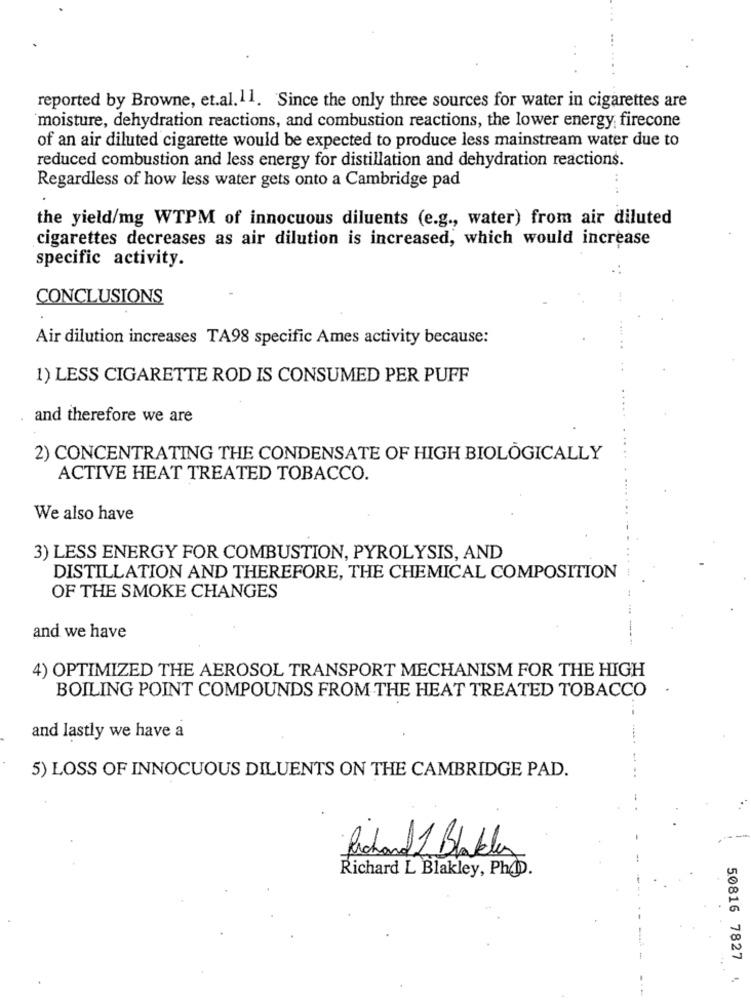
reported by Browne, et.al. 11. Since the only three sources for water in cigarettes are
moisture, dehydration reactions, and combustion reactions, the lower energy, firecone
of an air diluted cigarette would be expected to produce less mainstream water due to
reduced combustion and less energy for distillation and dehydration reactions.
Regardless of how less water gets onto a Cambridge pad
the yield/mg WTPM of innocuous diluents (e.g ., water) from air diluted
cigarettes decreases as air dilution is increased, which would increase
specific activity.
CONCLUSIONS
Air dilution increases TA98 specific Ames activity because:
1) LESS CIGARETTE ROD IS CONSUMED PER PUFF
and therefore we are
2) CONCENTRATING THE CONDENSATE OF HIGH BIOLOGICALLY
ACTIVE HEAT TREATED TOBACCO.
We also have
3) LESS ENERGY FOR COMBUSTION, PYROLYSIS, AND
DISTILLATION AND THEREFORE, THE CHEMICAL COMPOSITION
OF THE SMOKE CHANGES
and we have
----
4) OPTIMIZED THE AEROSOL TRANSPORT MECHANISM FOR THE HIGH
BOILING POINT COMPOUNDS FROM THE HEAT TREATED TOBACCO
and lastly we have a
5) LOSS OF INNOCUOUS DILUENTS ON THE CAMBRIDGE PAD.
Richard 1 Blables
Richard L Blakley, PhD.
50816 7827